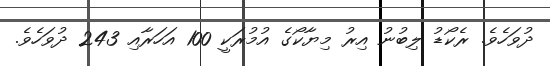
ދުވަހެވެ. ރެކޯޑު ލިބުނު އިރު މިޔާކޯގެ އުމުރަކީ 100 އަހަރާއި 243 ދުވަހެވެ.